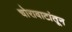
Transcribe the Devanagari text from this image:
चोरावाटांतून